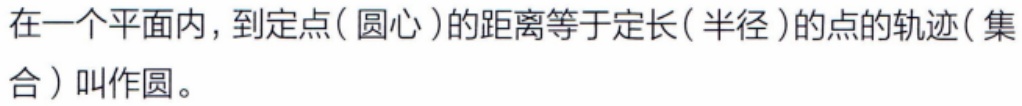
在一个平面内，到定点(圆心)的距离等于定长(半径)的点的轨迹(集合)叫作圆。